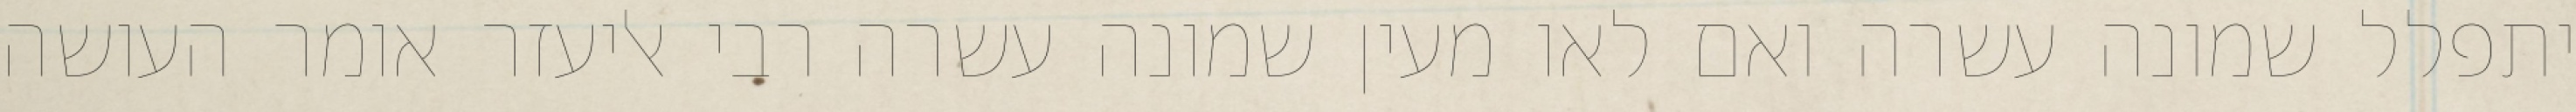
יתפלל שמונה עשרה ואם לאו מעין שמונה עשרה רבי אליעזר אומר העושה